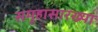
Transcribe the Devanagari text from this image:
समूहासारख्या